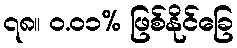
၇၈။ ၀.၀၁% ဖြစ်နိုင်ခြေ